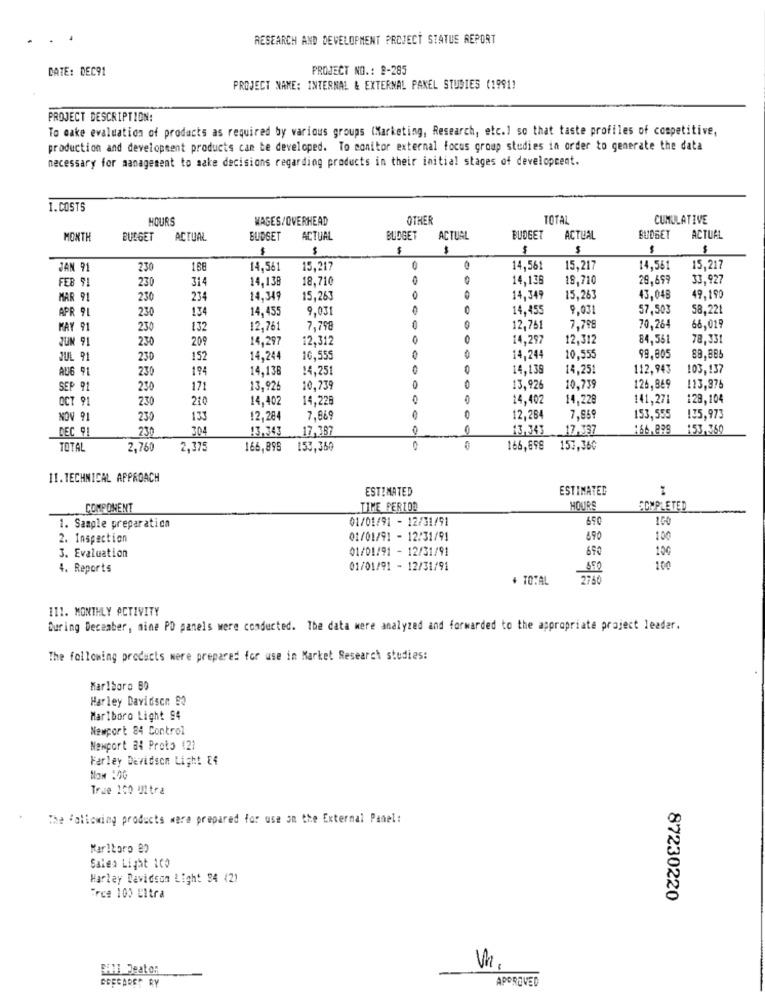
RESEARCH AND DEVELOPMENT PROJECT STATUS REPORT
DATE: DEC91
PROJECT NO .: 2-285
PROJECT NAME: INTERNAL & EXTERNAL PANEL STUDIES (1991)
PROJECT DESCRIPTION:
To make evaluation of products as required by various groups (Marketing, Research, etc.) so that taste profiles of competitive,
production and development products can be developed. To monitor external focus group studies in order to generate the data
necessary for management to make decisions regarding products in their initial stages of development.
1.COSTS
HOURS
WASES/OVERHEAD
OTHER
TOTA
CUMULATIVE
MONTH
BUDGET
ACTUAL
BUDGET
ACTUAL
BUDGET
ACTUAL
BUDGET
ACTUAL
BUDGET
ACTUAL
$
$
$
$
$
$
JAN 91
230
168
14,561
15,217
14,561
15,217
14,561
15,217
FEB 91
314
14,138
18,710
14,136
19,710
29,699
33,927
230
MAR 91
230
234
14,349
15,263
14,349
15,263
43,048
49.190
APR 91
230
134
14,455
9,031
14.455
9,031
57.503
58.221
MAY 91
230
132
12,761
7,798
12,751
7,798
70,264
68,019
JUM 91
230
209
14.297
12,312
14,297
12,312
84,561
78,331
JUL 91
230
152
14,244
10,555
14,244
10,555
99.805
89,885
AUG 91
230
194
14,136
14,25
14,138
14,251
112,943
103,137
SEP 91
230
171
13,925
10,739
13,926
10,739
126,869
113,976
OCT 91
230
210
14,402
14,228
14,402
14,228
141,271
128,104
NOV 91
230
133
12,284
7,869
12,284
7,869
153,555
135,973
DEC 91
230
304
13.343
17.387
13,343
17.337
166.899
153,360
TOTAL
2,760
2,375
166,895
153,360
166,698 157,360
11.TECHNICAL APPROACH
ESTIMATED
ESTIMATED
COMPONENT
TIME PERIOD
HOURS
059
COMPLETED
01/01/91 - 12/31/91
100
1. Sample preparation
2. Inspection
01/01/91 - 12/31/91
490
100
01/01/91 - 12/31/91
690
3. Evaluation
4. Reports
01/01/91 - 12/31/91
100
+ TOTAL
111. MONTHLY ACTIVITY
During December, mine PO panels were conducted. The data were analyzed and forwarded to the appropriate project leader.
The following products were prepared for use in Market Research studies:
Marlboro BO
Harley Davidson 90
Marlboro Light 94
Newport 84 Control
Newport a: Proto (2)
Farley Davidson Light E4
NOM :00
True 100 Ultra
The following products were prepared for use on the External Panel:
Marlboro 80
Sales Light ICO
Harley Davidson Light 34 (2)
Tree 100 Litra
87230220
EAll Peaton
Un
GOFCARET RY
APPROVED